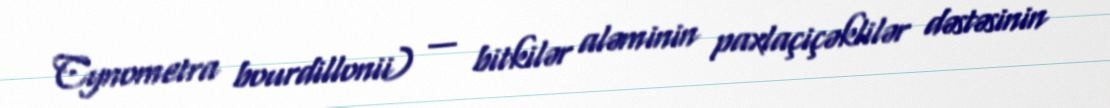
Cynometra bourdillonii) — bitkilər aləminin paxlaçiçəklilər dəstəsinin